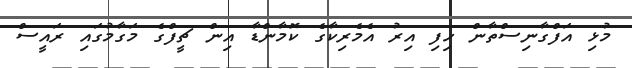
މުޅި އަފްގާނިސްތާން ހިފި އިރު އެމެރިކާގެ ކޮމާންޑާ އިން ޗީފްގެ މަގާމުގައި ރައީސް